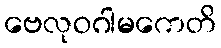
ဗေလုဝဂါမကေတိ